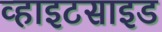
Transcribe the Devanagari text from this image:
व्हाइटसाइड